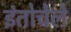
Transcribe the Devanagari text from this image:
इंतोचेले